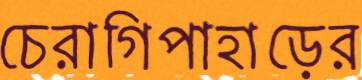
চেরাগিপাহাড়ের